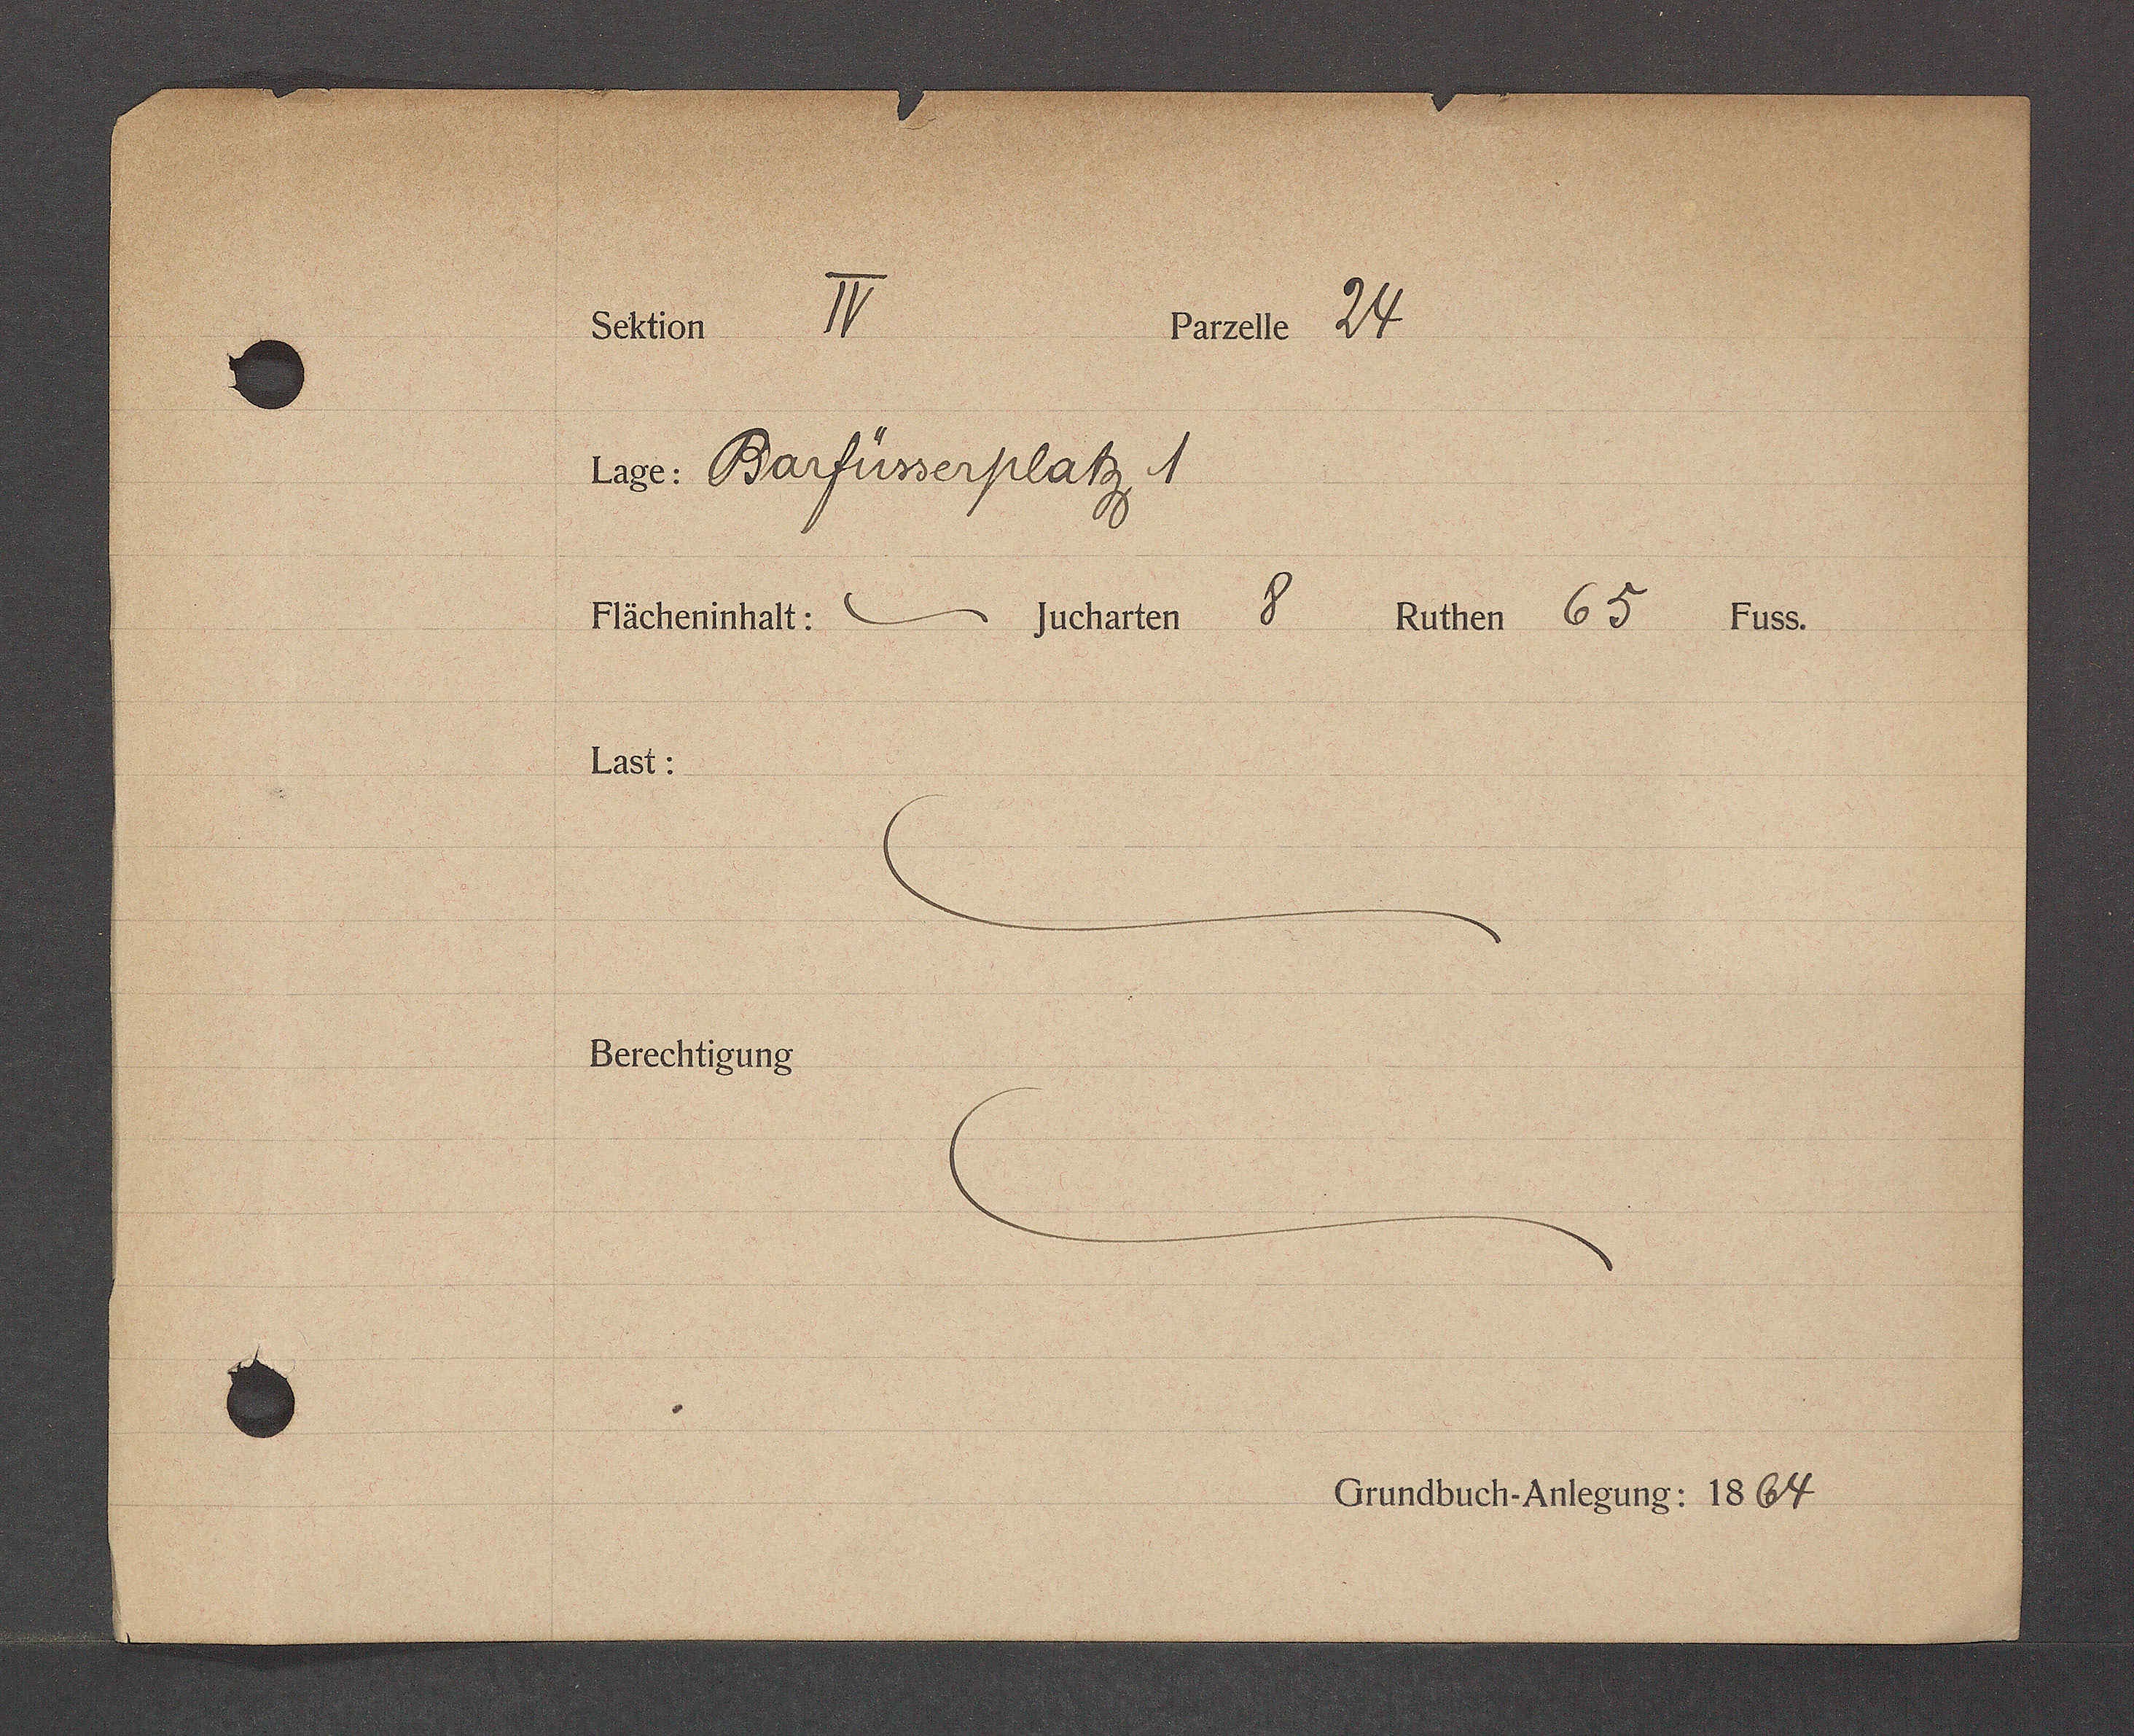
Transcript:
Schen IV.
Basele 24
ib. Barfüserplatz 1
Fächerinhalt: Jucharten 8 kuther 65 1455.
Last.
Berechtigung
Crundbuch. Antegung: 1864